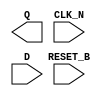
module sky130_fd_sc_lp__dfrtn (
    Q      ,
    CLK_N  ,
    D      ,
    RESET_B
);

    output Q      ;
    input  CLK_N  ;
    input  D      ;
    input  RESET_B;

    // Voltage supply signals
    supply1 VPWR;
    supply0 VGND;
    supply1 VPB ;
    supply0 VNB ;

endmodule